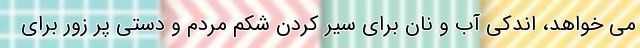
می خواهد، اندکی آب و نان برای سیر کردن شکم مردم و دستی پر زور برای